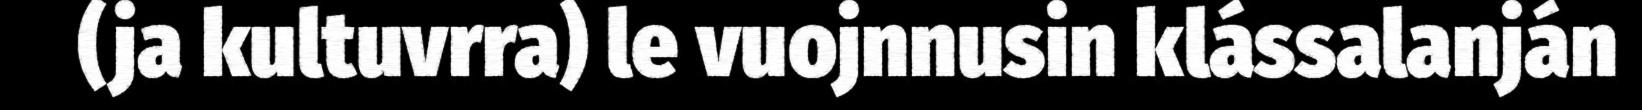
(ja kultuvrra) le vuojnnusin klássalanján